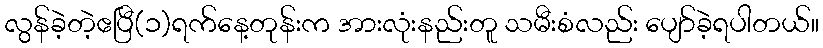
လွန်ခဲ့တဲ့ဧပြီ(၁)ရက်နေ့တုန်းက အားလုံးနည်းတူ သမီးစံလည်း ပျော်ခဲ့ရပါတယ်။